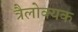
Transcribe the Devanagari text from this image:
त्रैलोक्यक